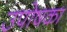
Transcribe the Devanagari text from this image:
उपोषका